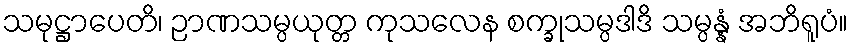
သမုဋ္ဌာပေတိ၊ ဉာဏသမ္ပယုတ္တ ကုသလေန စက္ခုသမ္ပဒါဒိ သမ္ပန္နံ အဘိရူပံ။